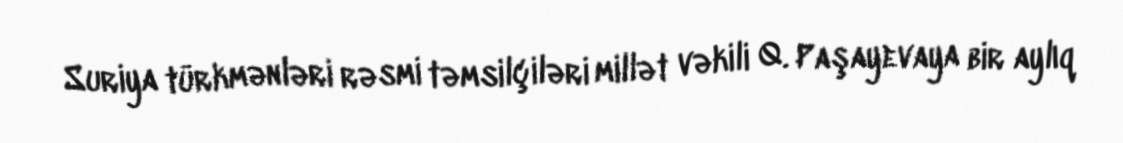
Suriya türkmənləri rəsmi təmsilçiləri millət vəkili Q. Paşayevaya bir aylıq